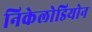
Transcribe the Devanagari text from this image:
निकेलोडियोन